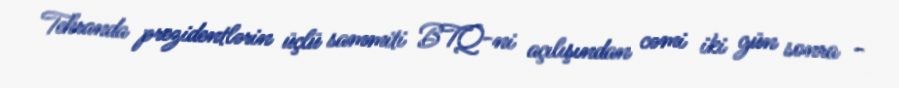
Tehranda prezidentlərin üçlü sammiti BTQ-ni açılışından cəmi iki gün sonra -